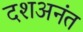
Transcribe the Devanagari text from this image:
दशअनंत